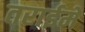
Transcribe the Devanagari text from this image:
तराईमें